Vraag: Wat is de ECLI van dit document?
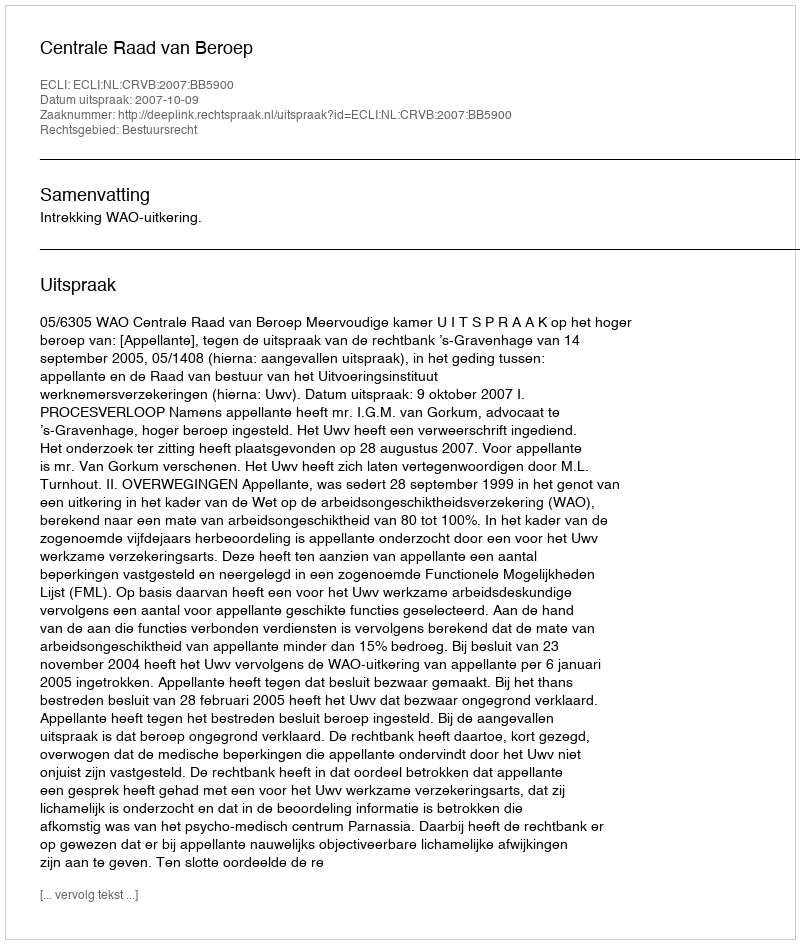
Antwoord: ECLI:NL:CRVB:2007:BB5900